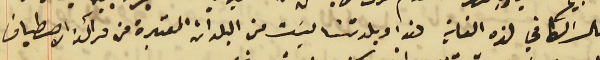
المال الكافي لهذه الغاية هذا وبلدتنا ليسَت من البلدات المعتبرة من مراكز الاصطياف